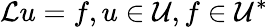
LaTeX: \mathcal{L}u=f,u\in\mathcal{U},f\in\mathcal{U}^{*}